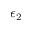
\epsilon _ { 2 }